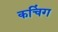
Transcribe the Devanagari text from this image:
कचिंग